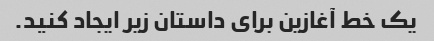
یک خط آغازین برای داستان زیر ایجاد کنید.